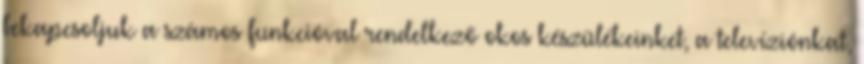
bekapcsoljuk a számos funkcióval rendelkező okos készülékeinket, a televíziónkat,